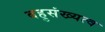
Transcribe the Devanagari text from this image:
बहुसंख्यत्व